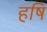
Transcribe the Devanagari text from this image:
हषि